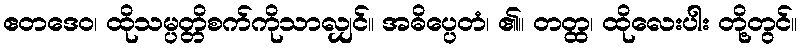
ဧတဒေဝ၊ ထိုသမ္ပတ္တိစက်ကိုသာလျှင်။ အဓိပ္ပေတံ၊ ၏။ တတ္ထ၊ ထိုလေးပါး တို့တွင်။